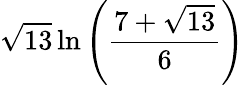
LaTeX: {\sqrt{13}}\ln\left({\frac{7+{\sqrt{13}}}{6}}\right)